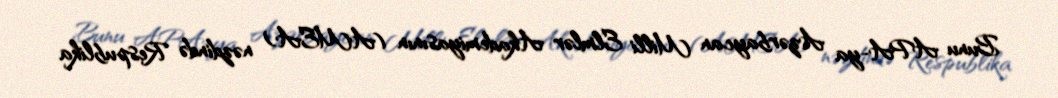
Bunu APA-ya Azərbaycan Milli Elmlər Akademiyasının (AMEA) nəzdində Respublika